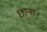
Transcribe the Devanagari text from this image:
छाना।